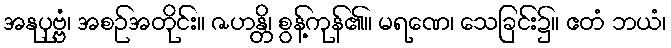
အနုပုဗ္ဗံ၊ အစဉ်အတိုင်း။ ဇဟန္တိ၊ စွန့်ကုန်၏။ မရဏေ၊ သေခြင်း၌။ ဧတံ ဘယံ၊